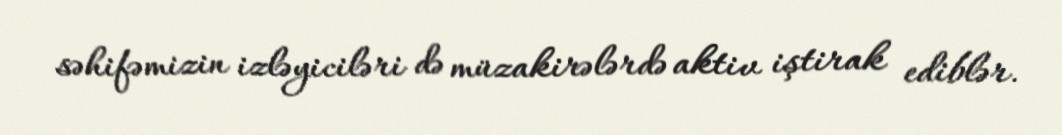
səhifəmizin izləyiciləri də müzakirələrdə aktiv iştirak ediblər.